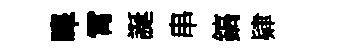
嗥霄誕串鎬肄